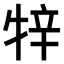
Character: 𤙡